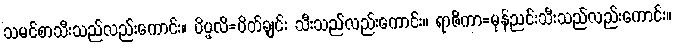
သမင်စာသီးသည်လည်းကောင်း။ ပိပ္ဖလိ=ပိတ်ချင်း သီးသည်လည်းကောင်း။ ရာဇိကာ=မုန်ညင်းသီးသည်လည်းကောင်း။